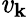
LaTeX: \mathit{v}_{{\mathbf{k}}}